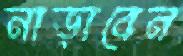
নাড়াবেন